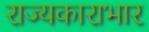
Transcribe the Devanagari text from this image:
राज्यकाराभार